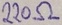
Text: 220Ω